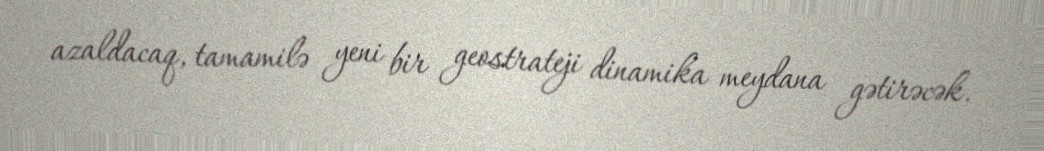
azaldacaq, tamamilə yeni bir geostrateji dinamika meydana gətirəcək.